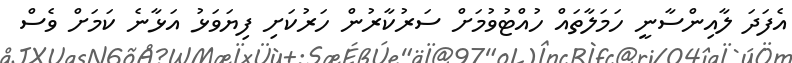
އެފަދަ ލާއިންސާނީ ހަމަލާތައް ހުއްޓުވުމަށް ސަރުކާރުން ހަރުކަށި ފިޔަވަޅު އަޅާނެ ކަމަށް ވެސް